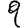
Digit: 9